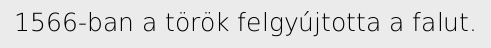
1566-ban a török felgyújtotta a falut.